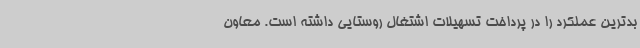
بدترین عملکرد را در پرداخت تسهیلات اشتغال روستایی داشته است. معاون